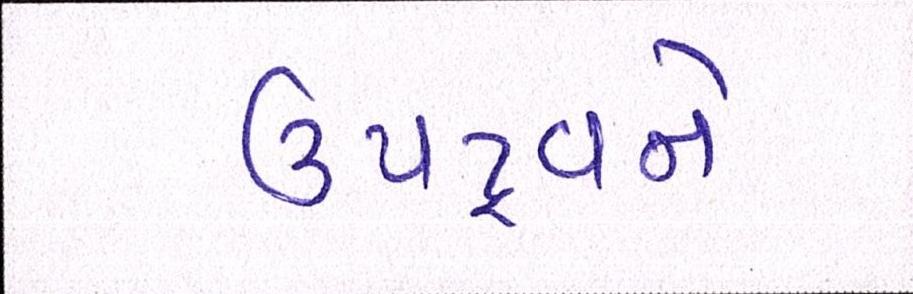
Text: ઉપદ્રવને